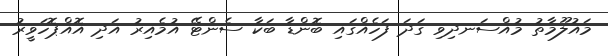
މައުލޫމާތު މުއްސަނދިވި ގަދަ ފަހެއްގައި ބޮންޑާ ބަކާ ސެންޓޭ އުމެއިރު އަދި އޮއްޕޮހަވީރު